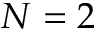
N = 2